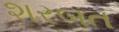
શરબત